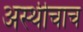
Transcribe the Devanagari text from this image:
अस्थीचाच